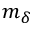
m _ { \delta }